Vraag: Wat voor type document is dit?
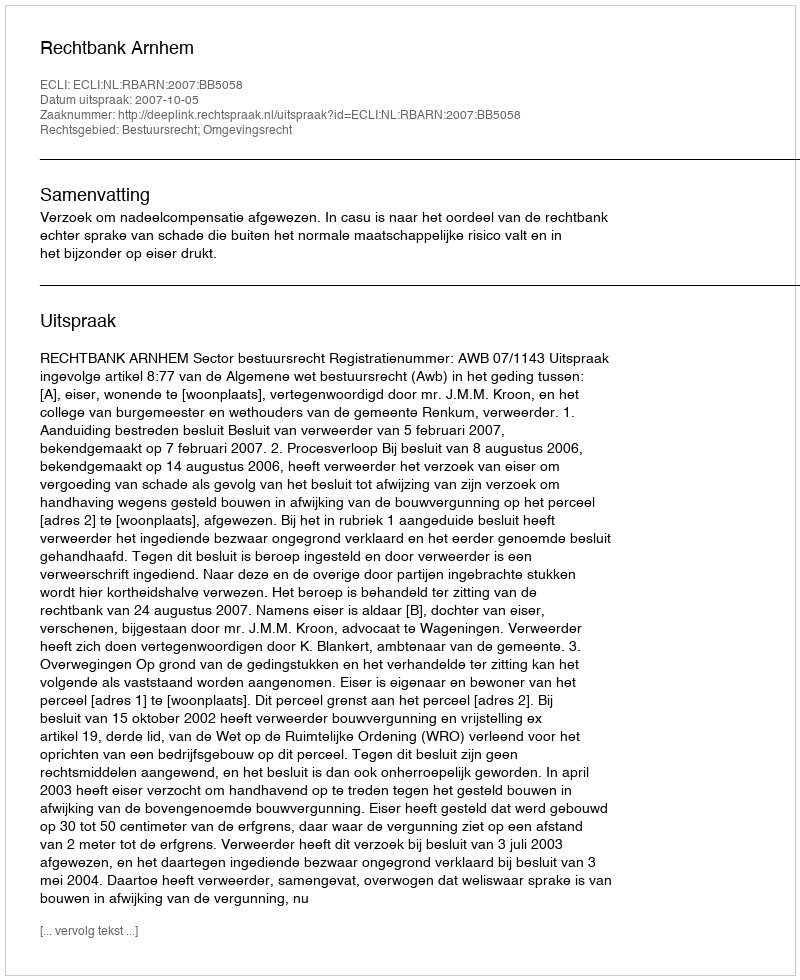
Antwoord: Uitspraak